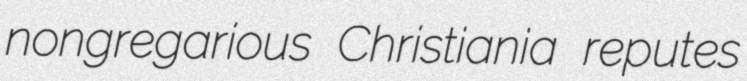
nongregarious Christiania reputes